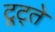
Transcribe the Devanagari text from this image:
टूट्ते